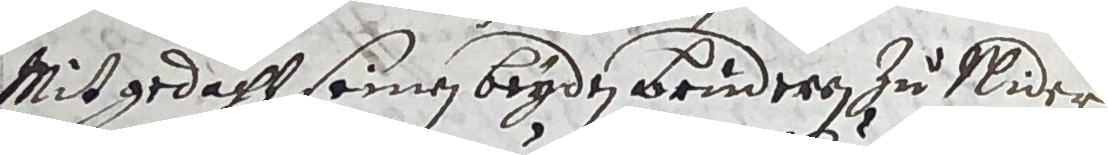
mit gedacht seinen beyden brüderen zu Nider